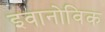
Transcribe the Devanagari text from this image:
इवानोविक